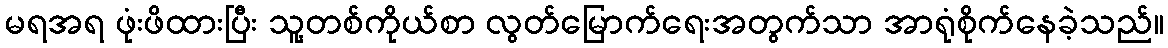
မရအရ ဖုံးဖိထားပြီး သူ့တစ်ကိုယ်စာ လွတ်မြောက်ရေးအတွက်သာ အာရုံစိုက်နေခဲ့သည်။